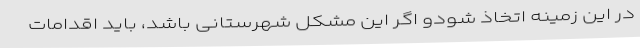
در این زمینه اتخاذ شودو اگر این مشکل شهرستانی باشد، باید اقدامات